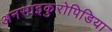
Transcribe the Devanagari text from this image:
अनसाइकुरोपिडिया